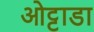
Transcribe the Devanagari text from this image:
ओट्टाडा